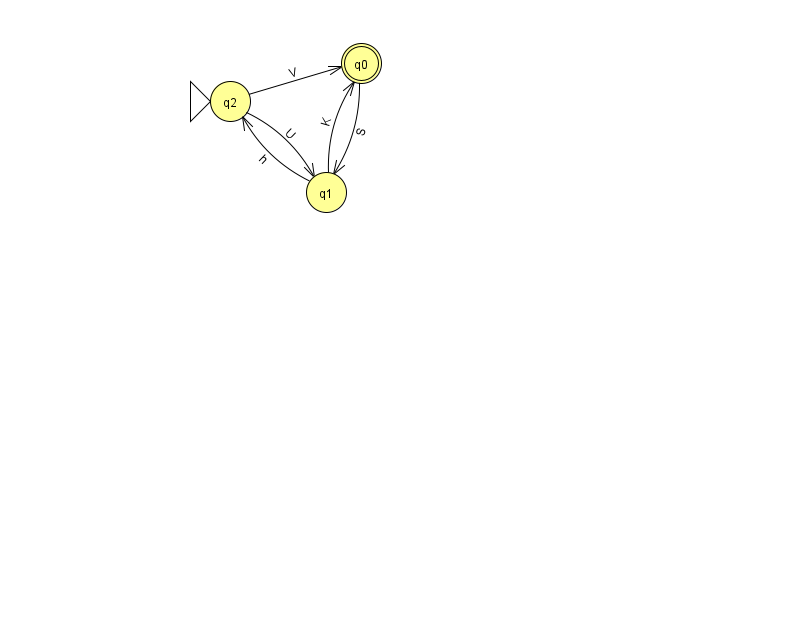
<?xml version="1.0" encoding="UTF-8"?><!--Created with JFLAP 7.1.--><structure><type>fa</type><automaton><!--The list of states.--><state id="0" name="q0"><x>361.0</x><y>50.0</y><final/></state><state id="1" name="q1"><x>326.0</x><y>179.0</y></state><state id="2" name="q2"><x>230.0</x><y>88.0</y><initial/></state><!--The list of transitions.--><transition><from>1</from><to>2</to><read>h</read></transition><transition><from>2</from><to>0</to><read>V</read></transition><transition><from>1</from><to>0</to><read>K</read></transition><transition><from>2</from><to>1</to><read>U</read></transition><transition><from>0</from><to>1</to><read>S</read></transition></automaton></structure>